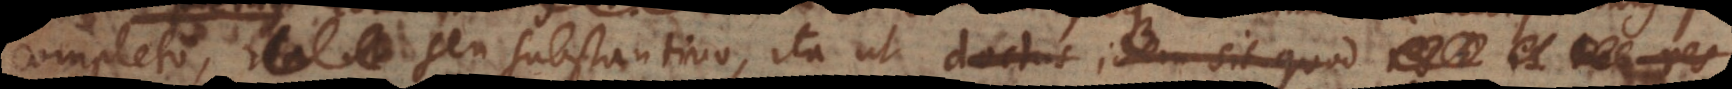
completo, seu substantivo, ita ut doctus idem sit quod